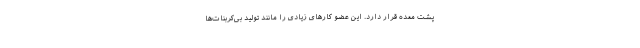
پشت معده قرار دارد. این عضو کارهای زیادی را مانند تولید بی‌کربنات‌ها